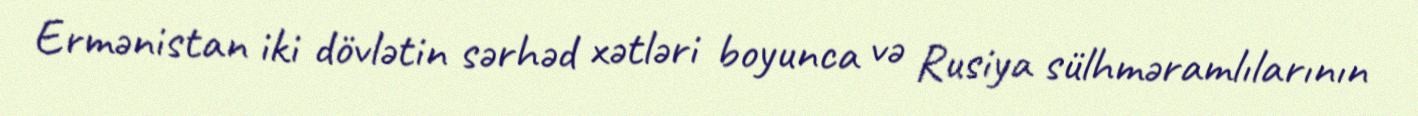
Ermənistan iki dövlətin sərhəd xətləri boyunca və Rusiya sülhməramlılarının